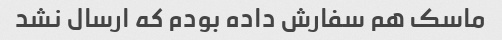
ماسک هم سفارش داده بودم که ارسال نشد